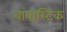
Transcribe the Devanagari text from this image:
बांबास्टिक